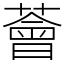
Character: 薈